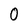
Character: 0